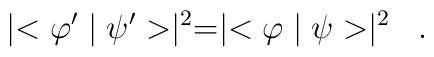
\mid <\varphi'\mid \psi'> \mid^{2} =\mid <\varphi\mid \psi> \mid^{2} \; \; .